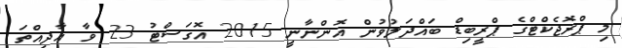
މި ޕްރޮޖެކްޓްގެ ޕްރީބިޑް ބައްދަލުވުން އޮންނާނީ 2015 އޮގަސްޓު 23 ވާ އާދީއްތަ